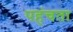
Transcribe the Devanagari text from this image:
पहंचता